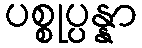
ပစ္စုပ္ပန္နာ